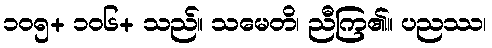
၁၀၅+ ၁၀၆+ သည်။ သမေတိ၊ ညီကြ၏။ ပညဿ၊